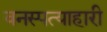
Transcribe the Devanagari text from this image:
वनस्पत्याहारी